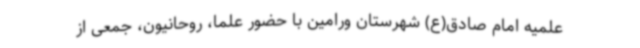
علمیه امام صادق(ع) شهرستان ورامین با حضور علما، روحانیون، جمعی از